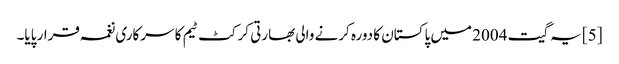
[5] یہ گیت 2004 میں پاکستان کا دورہ کرنے والی بھارتی کرکٹ ٹیم کا سرکاری نغمہ قرار پایا۔